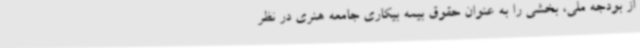
از بودجه ملی، بخشی را به عنوان حقوق بیمه بیکاری جامعه هنری در نظر